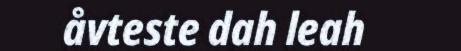
åvteste dah leah